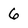
Character: 6